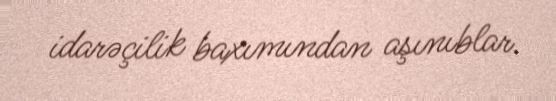
idarəçilik baxımından aşınıblar.